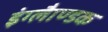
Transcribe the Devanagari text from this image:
इंग्लैाण्डक